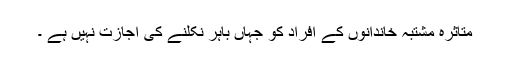
متاثرہ مشتبہ خاندانوں کے افراد کو جہاں باہر نکلنے کی اجازت نہیں ہے ۔